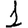
Digit: 1